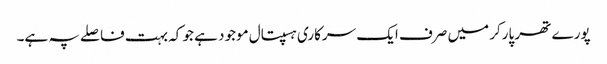
پورے تھر پارکر میں صرف ایک سرکاری ہسپتال موجود ہے جو کہ بہت فاصلے پہ ہے۔